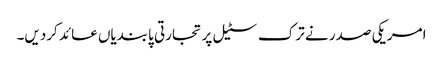
امریکی صدر نے ترک سٹیل پر تجارتی پابندیاں عائد کردیں۔